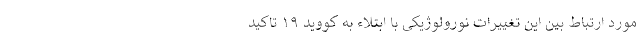
مورد ارتباط بین این تغییرات نورولوژیکی با ابتلاء به کووید ۱۹ تاکید